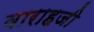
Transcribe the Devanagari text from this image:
वाराहजी